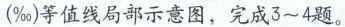
(‰)等值线局部示意图，完成3~4题。